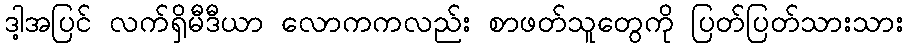
ဒါ့အပြင် လက်ရှိမီဒီယာ လောကကလည်း စာဖတ်သူတွေကို ပြတ်ပြတ်သားသား